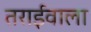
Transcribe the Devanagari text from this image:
तराईवाला